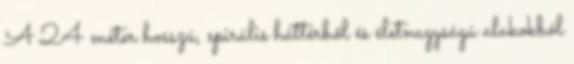
A 24 méter hosszú, spirális háttérből és életnagyságú alakokból